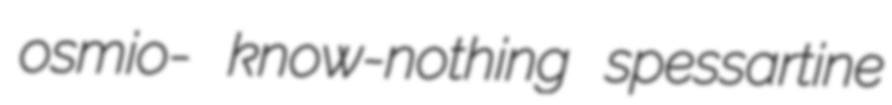
osmio- know-nothing spessartine